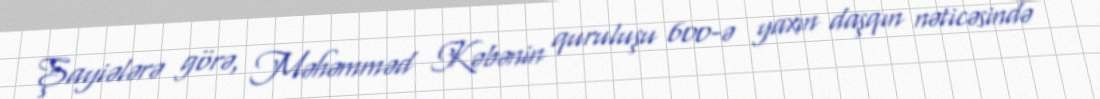
Şayiələrə görə, Məhəmməd Kəbənin quruluşu 600-ə yaxın daşqın nəticəsində